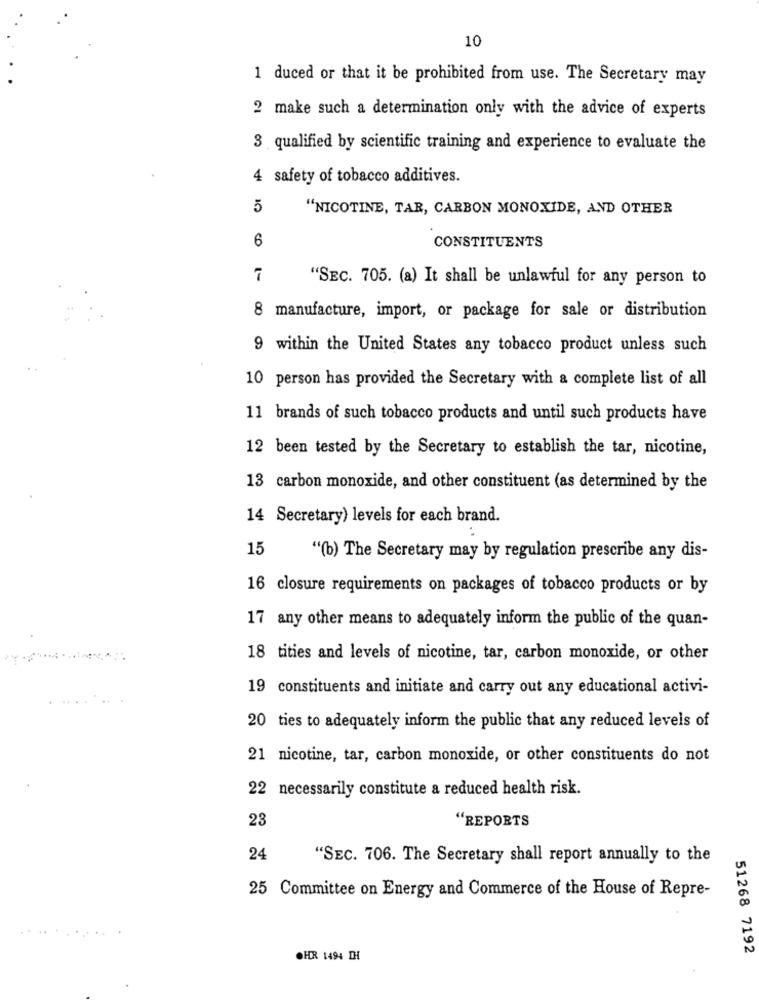
10
1 duced or that it be prohibited from use. The Secretary may
2 make such a determination only with the advice of experts
3 qualified by scientific training and experience to evaluate the
4 safety of tobacco additives.
5
"NICOTINE, TAR, CARBON MONOXIDE, AND OTHER
6
CONSTITUENTS
7
"SEC. 705. (a) It shall be unlawful for any person to
8 manufacture, import, or package for sale or distribution
9 within the United States any tobacco product unless such
10 person has provided the Secretary with a complete list of all
11 brands of such tobacco products and until such products have
12 been tested by the Secretary to establish the tar, nicotine,
13 carbon monoxide, and other constituent (as determined by the
14 Secretary) levels for each brand.
15
"(b) The Secretary may by regulation prescribe any dis-
16 closure requirements on packages of tobacco products or by
17 any other means to adequately inform the public of the quan-
18 tities and levels of nicotine, tar, carbon monoxide, or other
19 constituents and initiate and carry out any educational activi-
...
20 ties to adequately inform the public that any reduced levels of
21 nicotine, tar, carbon monoxide, or other constituents do not
22 necessarily constitute a reduced health risk.
23
"REPORTS
24
"SEC. 706. The Secretary shall report annually to the
25 Committee on Energy and Commerce of the House of Repre-
CHER 1494 DH
51268 7192